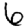
Digit: 6